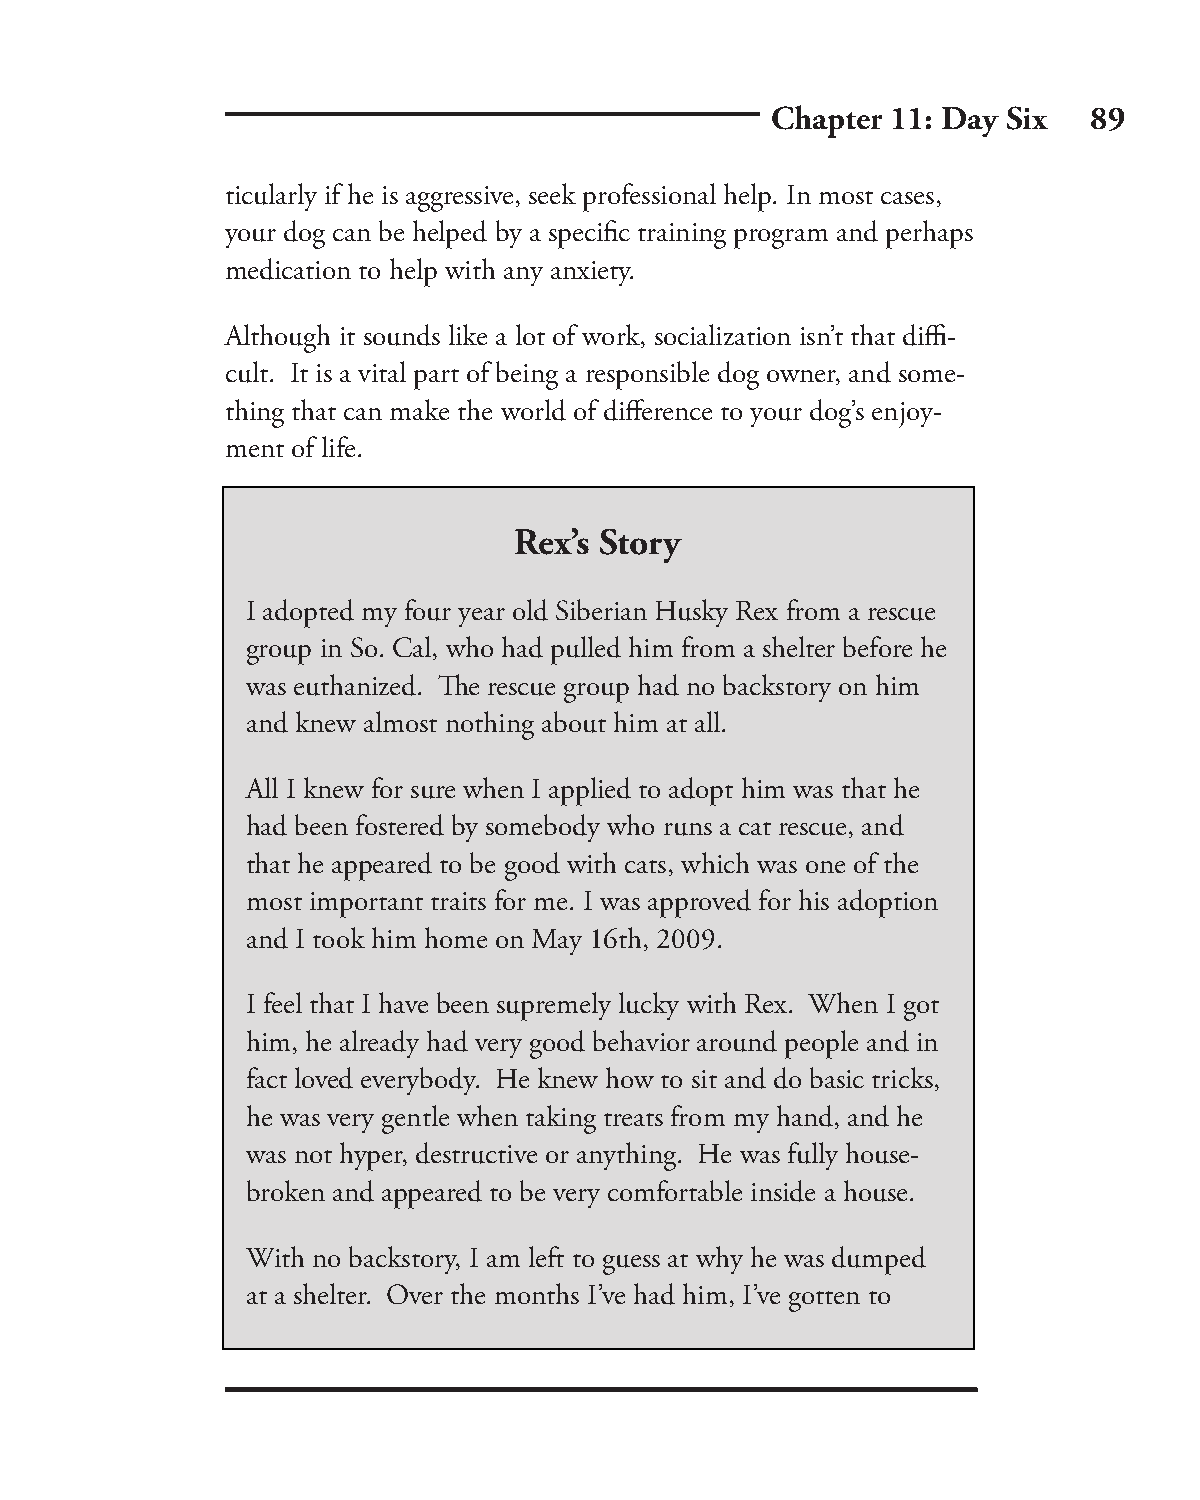
Chapter 11: Day Six  89
 ticularly if he is aggressive, seek professional help. In most cases,
 your dog can be helped by a specifi c training program and perhaps
 medication to help with any anxiety.
 Although it sounds like a lot of work, socialization isn’t that diffi -
 cult. It is a vital part of being a responsible dog owner, and some-
 thing that can make the world of diff erence to your dog’s enjoy-
 ment of life.
 Rex’s Story
 I adopted my four year old Siberian Husky Rex from a rescue
 group in So. Cal, who had pulled him from a shelter before he
 was euthanized. Th e rescue group had no backstory on him
 and knew almost nothing about him at all.
 All I knew for sure when I applied to adopt him was that he
 had been fostered by somebody who runs a cat rescue, and
 that he appeared to be good with cats, which was one of the
 most important traits for me. I was approved for his adoption
 and I took him home on May 16th, 2009.
 I feel that I have been supremely lucky with Rex. When I got
 him, he already had very good behavior around people and in
 fact loved everybody. He knew how to sit and do basic tricks,
 he was very gentle when taking treats from my hand, and he
 was not hyper, destructive or anything. He was fully house-
 broken and appeared to be very comfortable inside a house.
 With no backstory, I am left to guess at why he was dumped
 at a shelter. Over the months I’ve had him, I’ve gotten to